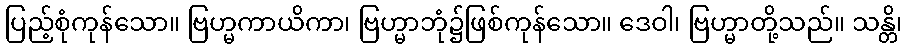
ပြည့်စုံကုန်သော။ ဗြဟ္မကာယိကာ၊ ဗြဟ္မာဘုံ၌ဖြစ်ကုန်သော။ ဒေဝါ၊ ဗြဟ္မာတို့သည်။ သန္တိ၊